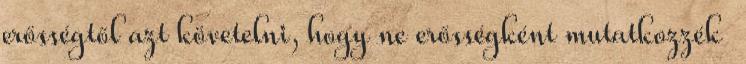
erősségtől azt követelni, hogy ne erősségként mutatkozzék